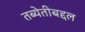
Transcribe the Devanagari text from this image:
तब्येतीबद्दल